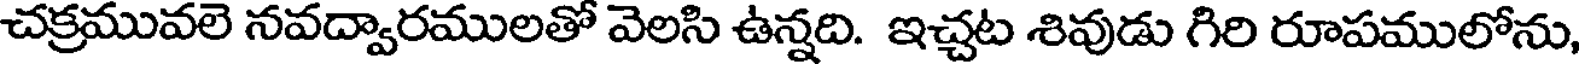
చక్రమువలె నవద్వారములతో వెలసి ఉన్నది. ఇచ్చట శివుడు గిరి రూపములోను,